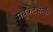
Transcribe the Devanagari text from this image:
मधुकैटभन्त्री